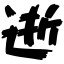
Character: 逝